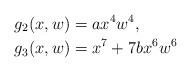
LaTeX: \begin{align*} g_2(x,w) &= a x^4 w^4, \\ g_3(x,w) &= x^7 + 7 b x^6 w^6 \end{align*}